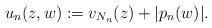
LaTeX: \begin{align*}u_n(z,w):=v_{N_n}(z)+|p_n(w)|.\end{align*}